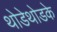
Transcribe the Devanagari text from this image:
थोडेथोडके